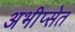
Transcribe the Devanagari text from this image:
अभीप्सेत